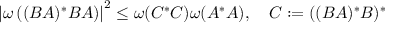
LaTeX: \left| \omega \left( ( B A ) ^ { * } B A \right) \right| ^ { 2 } \leq \omega ( C ^ { * } C ) \omega ( A ^ { * } A ) , \quad C : = ( ( B A ) ^ { * } B ) ^ { * }